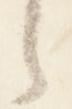
言